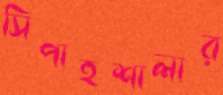
সিপাহশালার